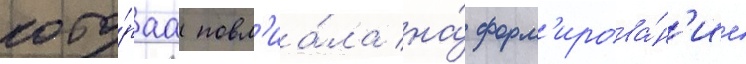
кото́раа повл'иа́ла на́ форм'ирова́н'ие